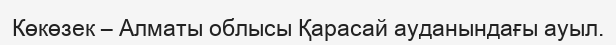
Көкөзек – Алматы облысы Қарасай ауданындағы ауыл.